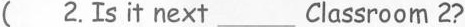
( 2.Is it next___Classroom 2?